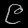
Digit: ၉